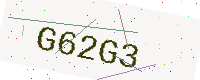
Text: G62G3